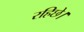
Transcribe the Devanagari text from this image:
रहिछे।